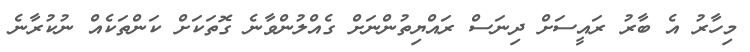
މިހާރު އެ ބާރު ރައީސަށް ދިނަސް ރައްޔިތުންނަށް ގެއްލުންވާނެ ގޮތަކަށް ކަންތަކެއް ނުކުރާނެ